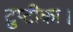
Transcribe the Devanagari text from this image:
टुप्टीका।